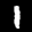
Label: 1